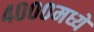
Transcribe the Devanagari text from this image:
४०००मध्ये